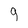
Character: 9